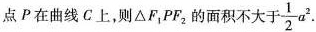
点P在曲线C上，则\triangle F_{1}PF_{2}的面积不大于\frac{1}{2}a^{2}.